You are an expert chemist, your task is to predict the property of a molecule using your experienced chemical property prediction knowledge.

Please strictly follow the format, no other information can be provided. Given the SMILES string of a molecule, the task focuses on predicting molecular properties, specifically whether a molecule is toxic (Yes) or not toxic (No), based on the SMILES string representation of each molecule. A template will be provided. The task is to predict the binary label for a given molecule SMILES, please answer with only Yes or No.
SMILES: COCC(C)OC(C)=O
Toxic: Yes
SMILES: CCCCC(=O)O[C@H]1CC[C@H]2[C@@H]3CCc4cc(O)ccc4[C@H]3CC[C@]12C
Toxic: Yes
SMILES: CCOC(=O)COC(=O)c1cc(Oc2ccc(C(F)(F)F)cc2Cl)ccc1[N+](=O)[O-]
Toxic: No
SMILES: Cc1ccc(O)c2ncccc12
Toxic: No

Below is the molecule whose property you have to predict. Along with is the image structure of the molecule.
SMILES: CCC1Nc2cc(Cl)c(S(N)(=O)=O)cc2S(=O)(=O)N1
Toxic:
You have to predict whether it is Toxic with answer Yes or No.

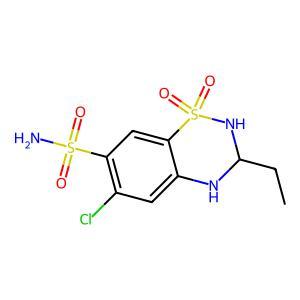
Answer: No